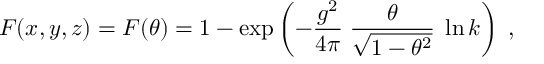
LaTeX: F ( x , y , z ) = F ( \theta ) = 1 - \exp \left( - \frac { g ^ { 2 } } { 4 \pi } \; \frac { \theta } { \sqrt { 1 - \theta ^ { 2 } } } \; \ln k \right) \; ,